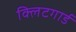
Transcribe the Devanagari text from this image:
क्लिटगार्ड